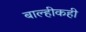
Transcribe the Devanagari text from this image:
बाल्हीकही